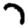
Digit: 7